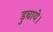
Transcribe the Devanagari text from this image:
डुबाये।